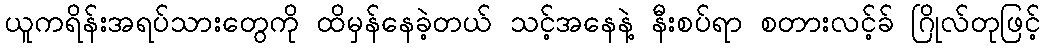
ယူကရိန်းအရပ်သားတွေကို ထိမှန်နေခဲ့တယ် သင့်အနေနဲ့ နီးစပ်ရာ စတားလင့်ခ် ဂြိုလ်တုဖြင့်